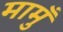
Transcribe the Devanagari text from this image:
मामुँ